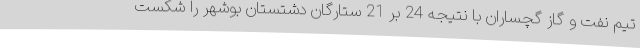
تیم نفت و گاز گچساران با نتیجه 24 بر 21 ستارگان دشتستان بوشهر را شکست